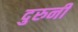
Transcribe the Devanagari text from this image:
दुरुनी